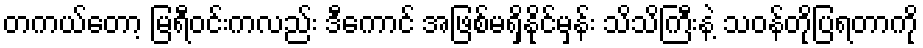
တကယ်တော့ မြရီဝင်းကလည်း ဒီကောင် အဖြစ်မရှိနိုင်မှန်း သိသိကြီးနဲ့ သဝန်တိုပြရတာကို